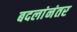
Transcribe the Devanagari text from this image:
बदलांनंतर